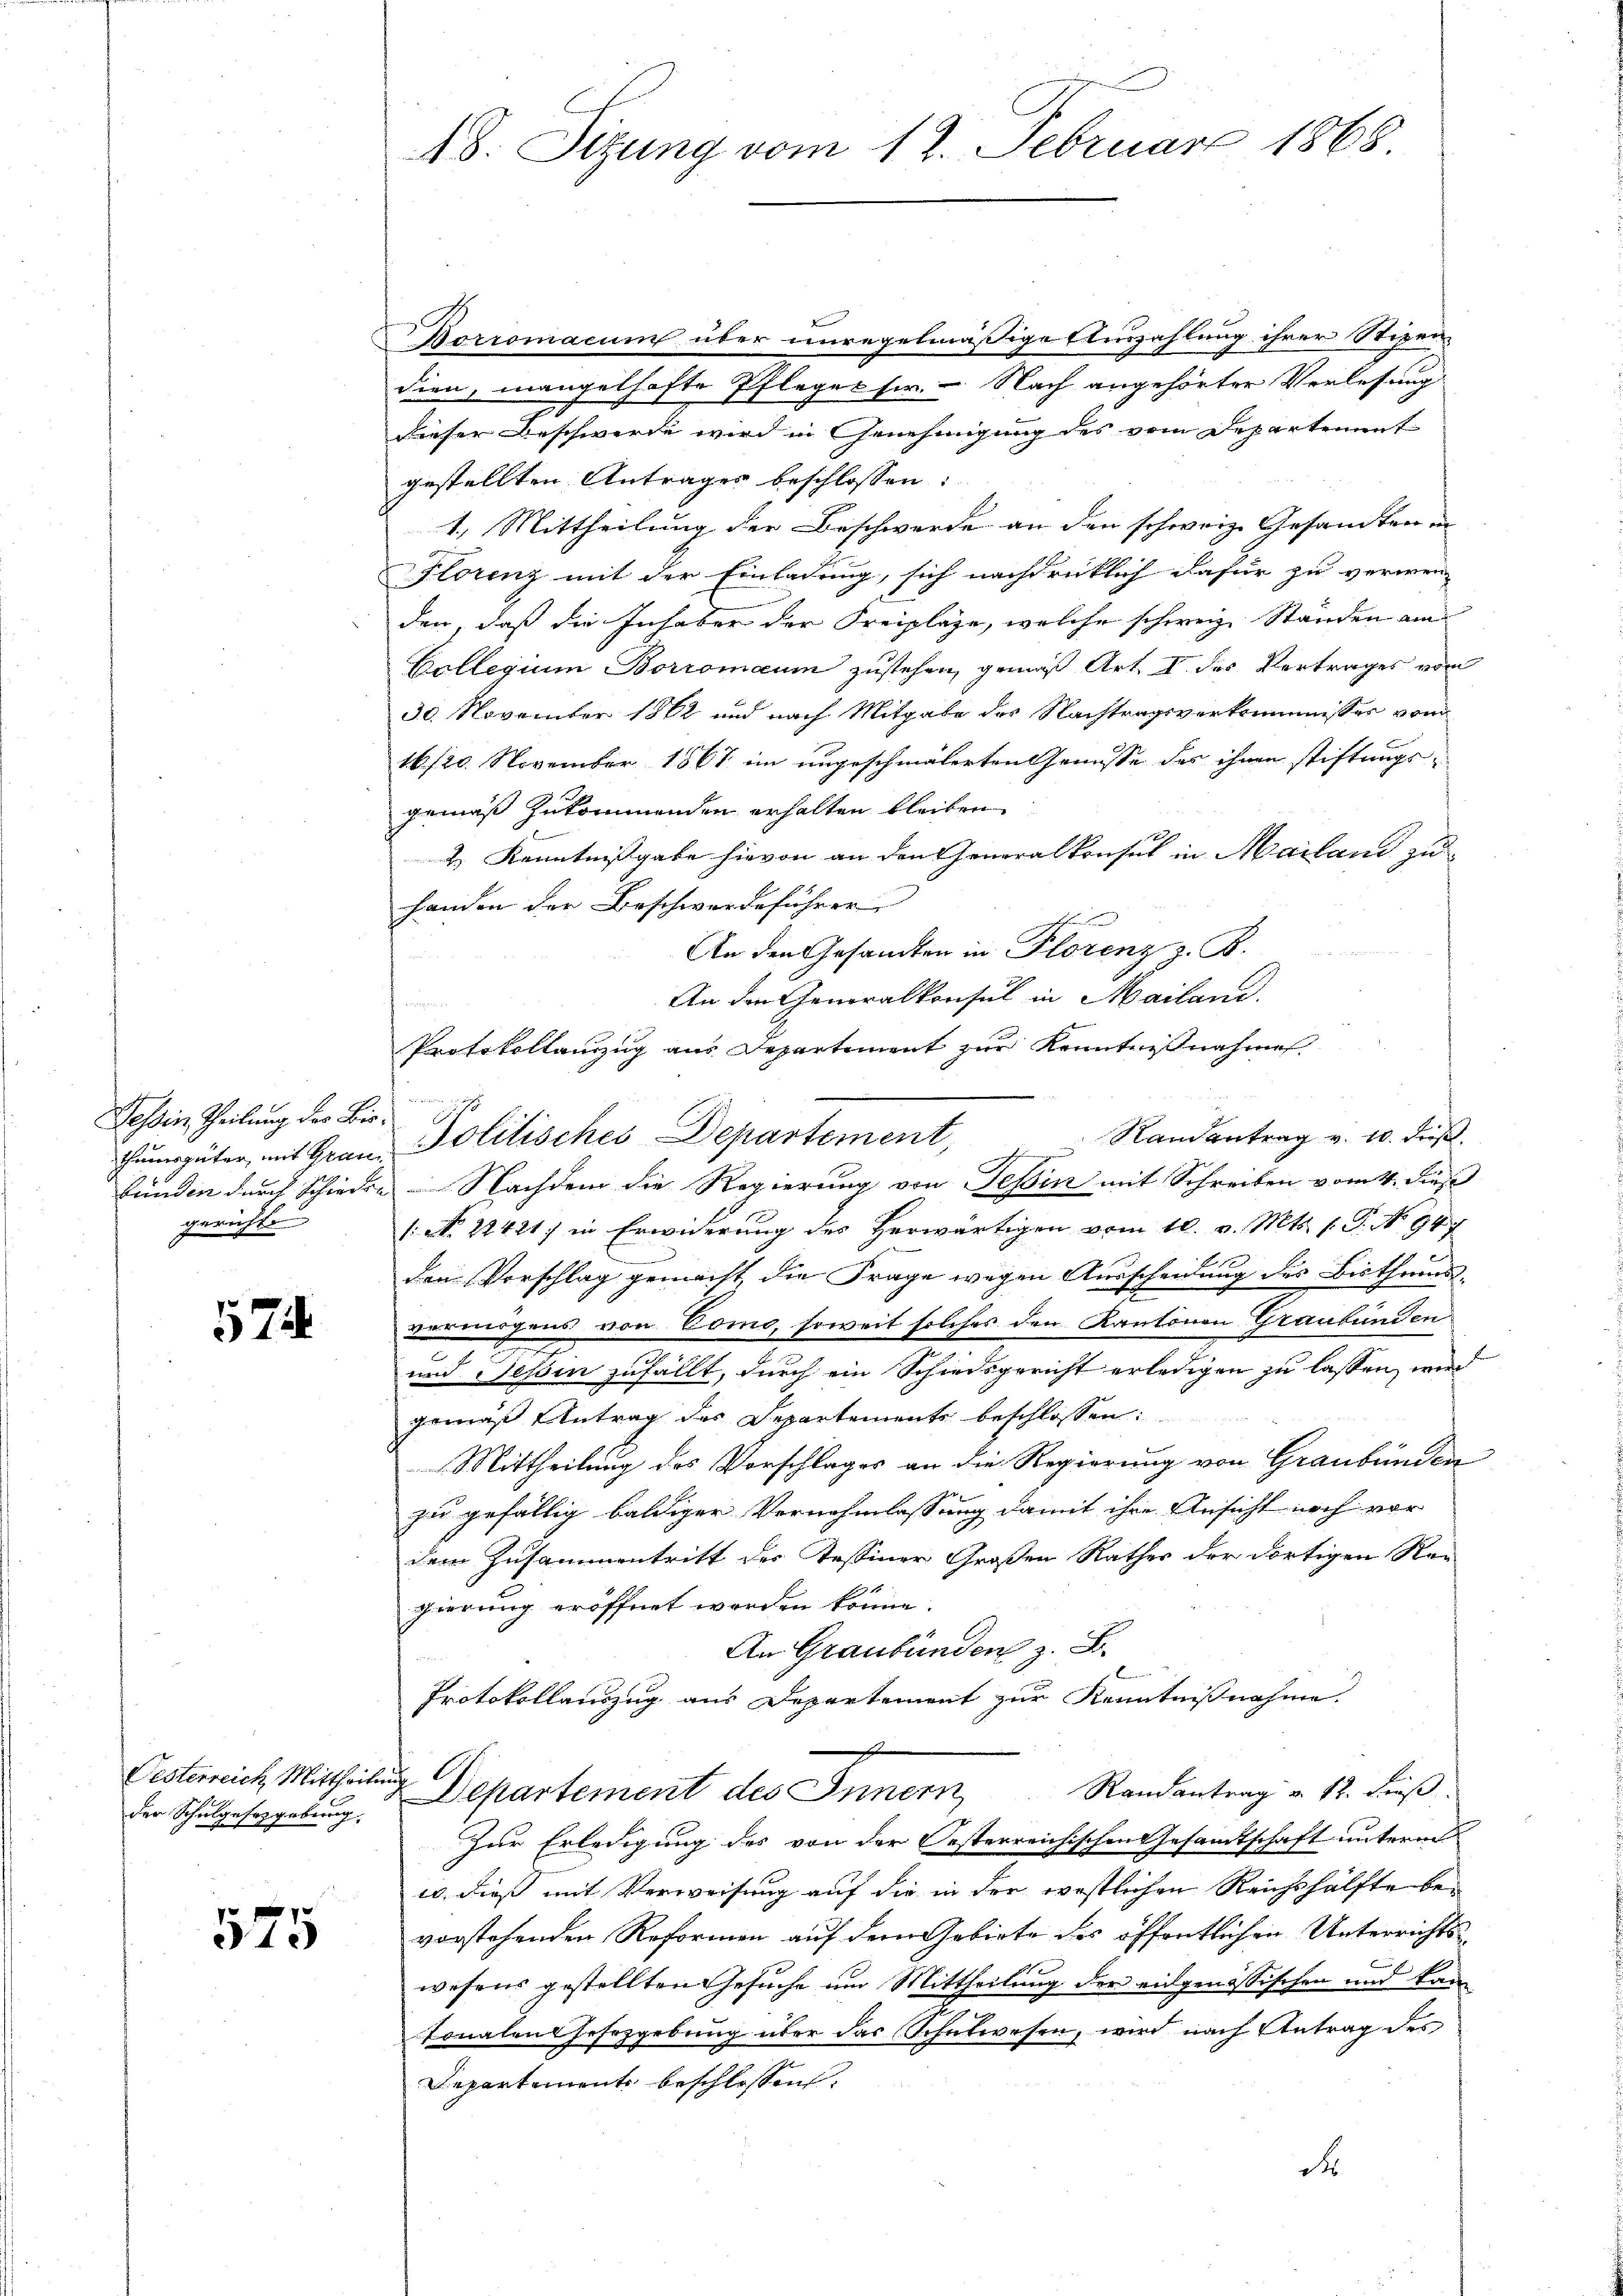
Tessin Theilung des Biegerichte

575

Borromacun über unregelmäßige Auszahlung ihrer Stipendien, mangelhafte Pfleget sie. - Nach angehörter Verlesung
dieser Beschwerde wird in Genehmigung des vom Departement
gestellten Anträger beschlossen:
1.) Mittheilung der Beschwerde an den schweiz. Gesandten in
Florenz mit der Einladung, sich nachdrücklich dafür zu verwen-
den, daß die Inhaber der Freiplage, welche schweiz. Ständen ain
Collegium Borromaum zustehen, gemäß Art. I. des Vertrages vom
30. November 1862 und nach Mitgabe des Nachtragsverkommisses vom
16/20. November 1867 im ungeschmälerten Genüsse des ihnen stiftungs-
gemäß zukommenden erhalten bleiben.
& Kenntnißgabe hievon an den Generalkonsul in Mailand zu
handen der Beschwerdeführer
An den Gesandten in Florenz z. B.
An den Generalkonsul in Mailand.
Protokollanzzug aus Departement zur Kenntnißnahmen.
wie wenn es rech
bunden durch Schieden Nachdem die Regierung von Tessin mit Schreiben vom 4. Fuß
/: No 22421) in Erwiderung des Herwärtigen vom 10. v. Mts. f. P. No 947
dem Vorschlag gemacht, die Frage wegen Ausscheidung des Bisthumsvermögens von Como, soweit solches den Kantonen Graubünden
und Teßin zufällt, durch ein Schiedsgericht erledigen zu lassen, wird
gemäß Antrag des Departements beschlossen:
Mittheilung des Vorschlages an die Regierung von Graubünden
zu gefällig baldiger Vernehmlassung damit ihre Ansicht noch vor
dem Zusammentritt des Tessiner Großen Rathes der dortigen Re-
gierung eröffnet werden könne.
An Graubünden z. B.
Protokollauszug aus Departement zur Kenntnißnahme.
A
Oesterreich Mittheilung Separtement des Innern,
Randantrag v. 12. dieß.
Zur Erledigung des von der Oesterreichischen Gesandtschaft unterm
10. dieß mit Verweisung auf die in der westlichen Reichshälfte bevorstehenden Reformen auf dem Gebiete des öffentlichen Unterrichtswesens gestellten Gesuche um Mittheilung der eidgenössischen und kan
tonalen Herzgebung über das Schulwesen, wird nach Antrag des
Departement beschlossen:
d

der Schulgesetzgebung.

575

18. Sitzung vom 12. Februar 1868.

ŭngüter, mit Grau Politisches Departement, Randantrag v. 10. dieβ.